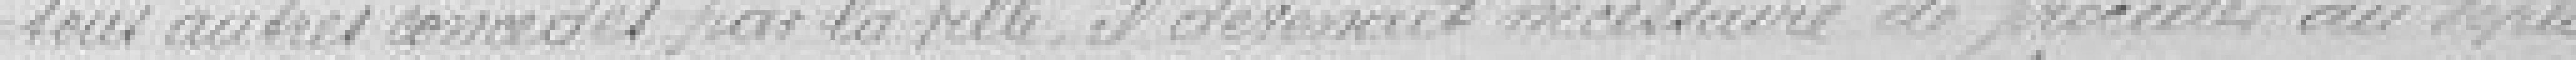
tous autres concédés par la ville il devenait nécessaire de procéder au dépla-